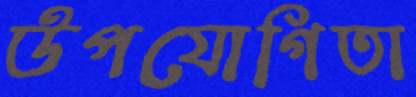
উপযোগিতা